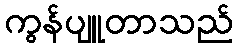
ကွန်ပျူတာသည်